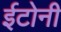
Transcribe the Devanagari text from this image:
ईटोनी